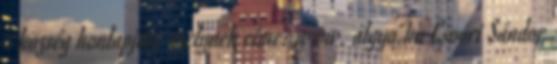
a község honlapján, melynek címe: www. algyo.hu Csoóri Sándor